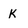
Character: K